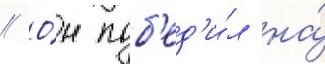
// О́н поб'ед'и́л на́